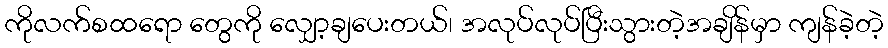
ကိုလက်စထရော တွေကို လျှော့ချပေးတယ်၊ အလုပ်လုပ်ပြီးသွားတဲ့အချိန်မှာ ကျန်ခဲ့တဲ့